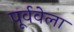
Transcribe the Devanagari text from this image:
पूर्ववेला